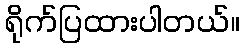
ရိုက်ပြထားပါတယ်။